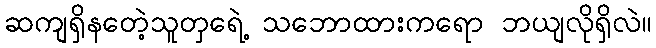
ဆကျရှိနတေဲ့သူတှရေဲ့ သဘောထားကရော ဘယျလိုရှိလဲ။